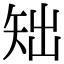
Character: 䂐